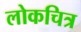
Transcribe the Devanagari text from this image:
लोकचित्र